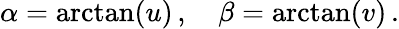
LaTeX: \alpha=\arctan(u)\, ,\quad\beta=\arctan(v)\, .